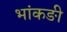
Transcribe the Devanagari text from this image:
भांकङी